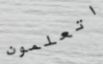
اتعلمون